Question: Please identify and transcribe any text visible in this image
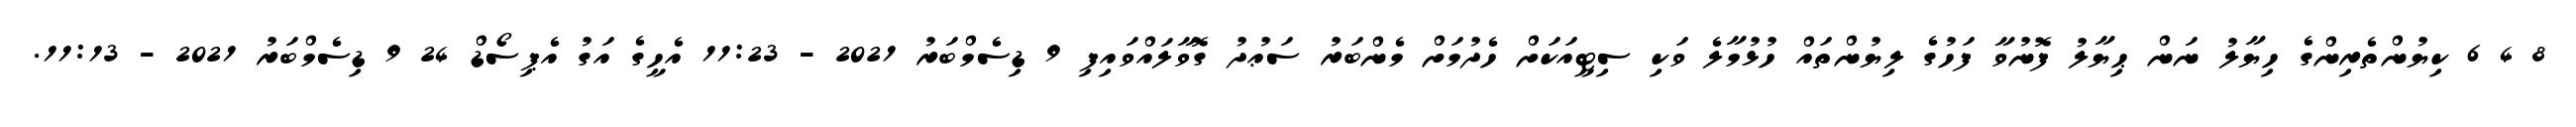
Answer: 8 4 6 ކިޔުންތެރިންގެ ހިޔާލު ނަން ޙިޔާލު ފޮނުވާ ފަހުގެ ލިޔުންތައް ހުޅުމާލެ ވަކި ސިޓީއަކަށް ހެދުމަށް މެންބަރު ސަޢުދު ގޮވާލައްވައިފި 9 ޑިސެމްބަރު 2021 - 11:23 އެހީގެ އަގު އެޕިސޯޑް 24 9 ޑިސެމްބަރު 2021 - 11:13.